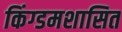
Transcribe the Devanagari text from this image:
किंग्डमशासित